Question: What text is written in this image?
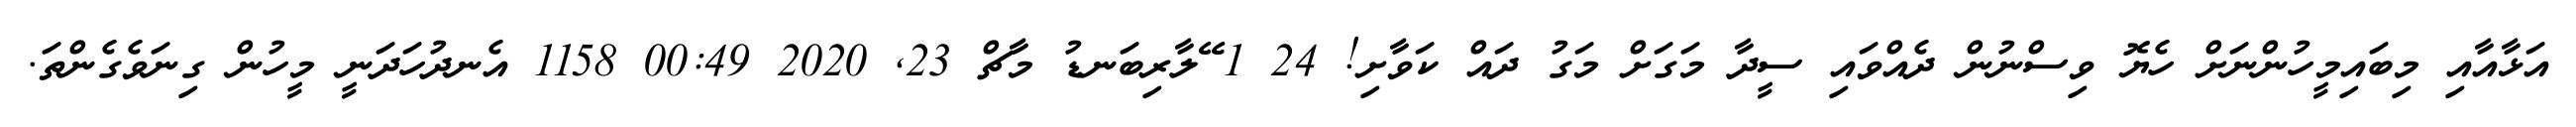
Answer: އަޅާއާއި މިބައިމީހުންނަށް ހެޔޮ ވިސްނުން ދެއްވައި ސީދާ މަގަށް މަގު ދައް ކަވާށި! 24 1 ޭލާރިބަނޑު މާޗް 23, 2020 00:49 1158 އެނދުހަދަނީ މީހުން ގިނަވެގެންތަ.